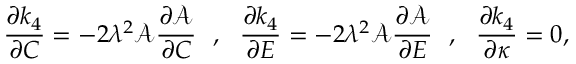
\frac { \partial k _ { 4 } } { \partial C } = - 2 \lambda ^ { 2 } \mathcal { A } \frac { \partial \mathcal { A } } { \partial C } ~ ~ , ~ ~ \frac { \partial k _ { 4 } } { \partial E } = - 2 \lambda ^ { 2 } \mathcal { A } \frac { \partial \mathcal { A } } { \partial E } ~ ~ , ~ ~ \frac { \partial k _ { 4 } } { \partial \kappa } = 0 ,